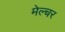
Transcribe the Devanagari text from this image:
मेल्चर